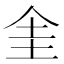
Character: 𠈘